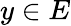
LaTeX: y\in E